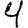
Digit: 4